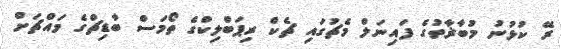
ރޭ ކުޅުނު މުބާޜާތުގެ ފައިނަލް މެޗުގައި ޗެކް ރިޕަބްލިކްގެ ތޯމަސް ބާޑިޗްގެ މައްޗަށް